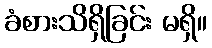
ခံစားသိရှိခြင်း မရှိ။